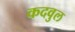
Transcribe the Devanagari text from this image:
कदवुल